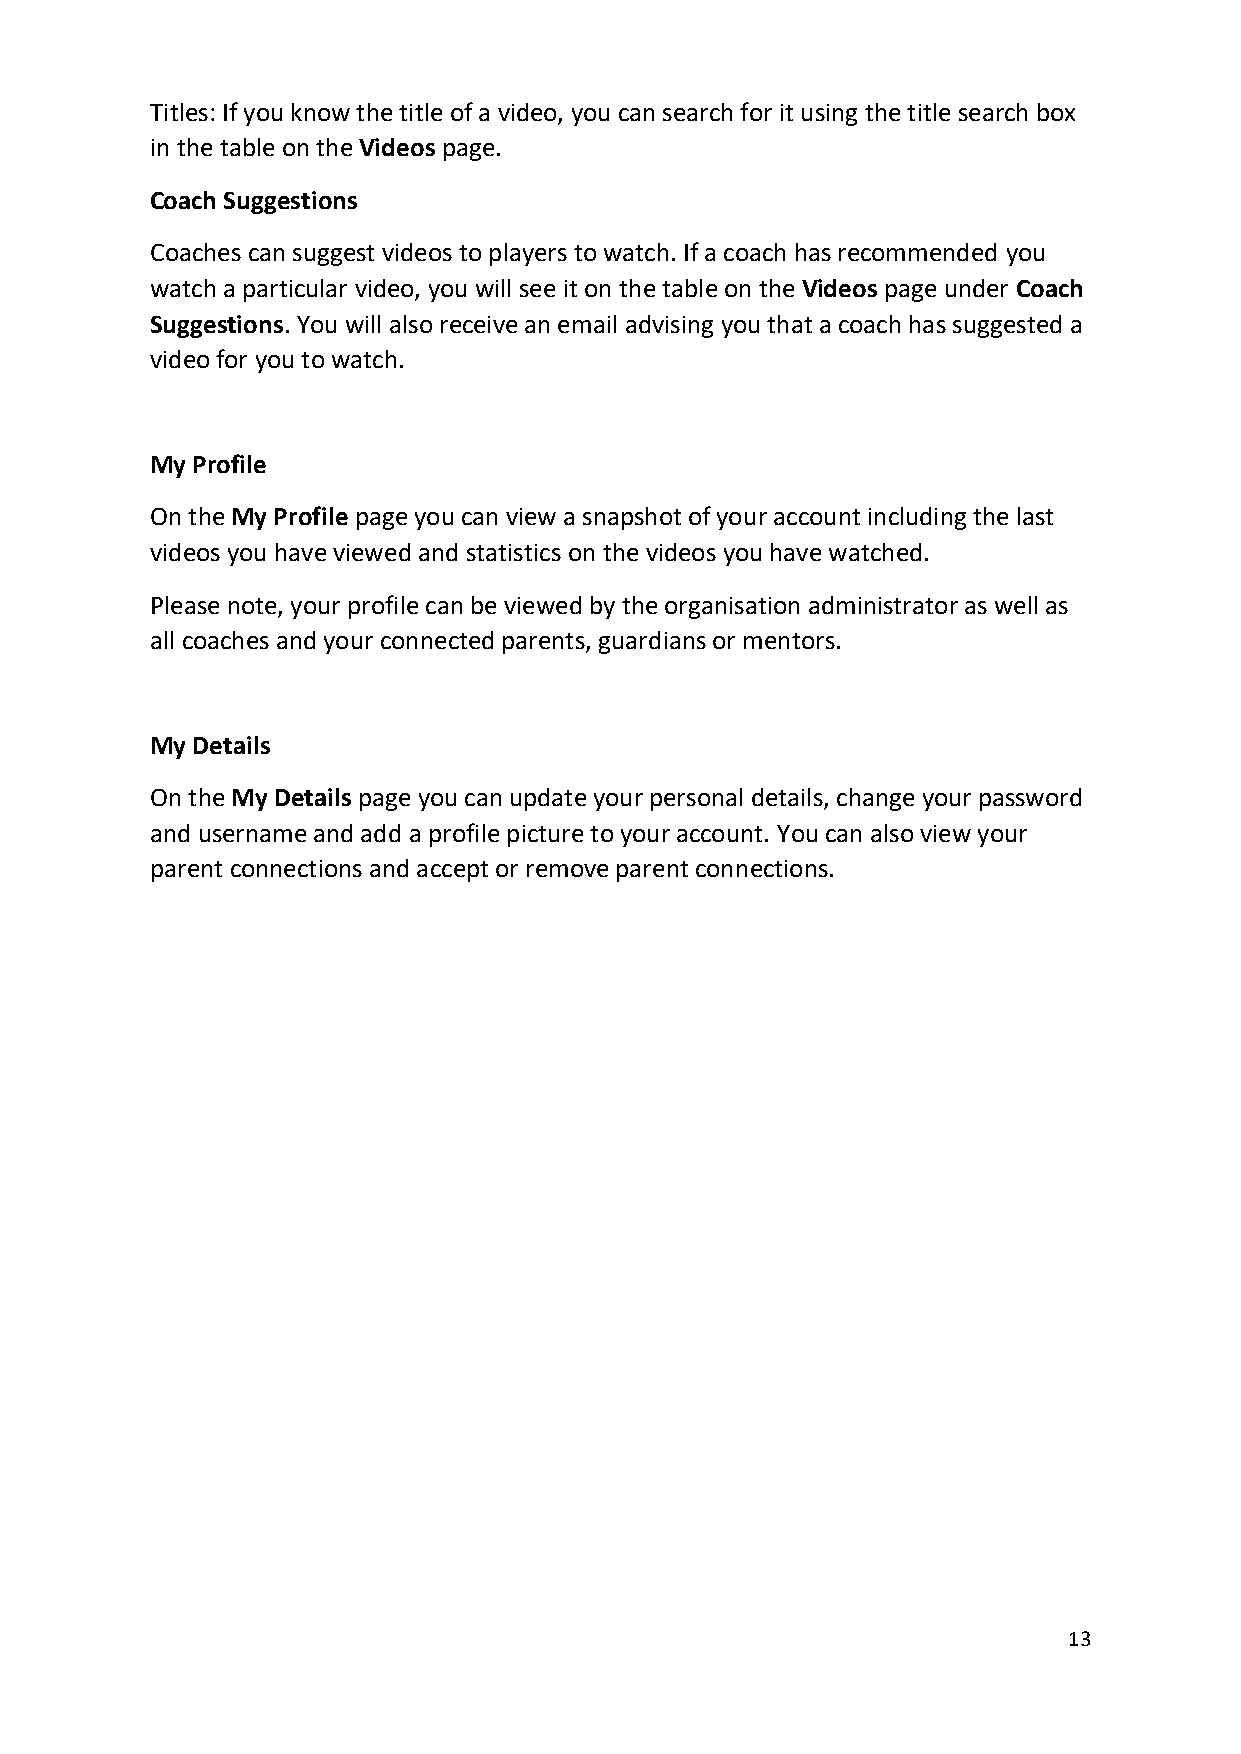
Titles: If you know the title of a video, you can search for it using the title search box
 in the table on the Videos page.
 Coach Suggestions
 Coaches can suggest videos to players to watch. If a coach has recommended you
 watch a particular video, you will see it on the table on the Videos page under Coach
 Suggestions. You will also receive an email advising you that a coach has suggested a
 video for you to watch.
 My Profile
 On the My Profile page you can view a snapshot of your account including the last
 videos you have viewed and statistics on the videos you have watched.
 Please note, your profile can be viewed by the organisation administrator as well as
 all coaches and your connected parents, guardians or mentors.
 My Details
 On the My Details page you can update your personal details, change your password
 and username and add a profile picture to your account. You can also view your
 parent connections and accept or remove parent connections.
 13